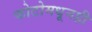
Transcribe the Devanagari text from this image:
फोटोमधूनही